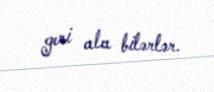
geri ala bilərlər.